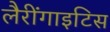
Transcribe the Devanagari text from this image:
लैरींगाइटिस